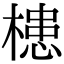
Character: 槵